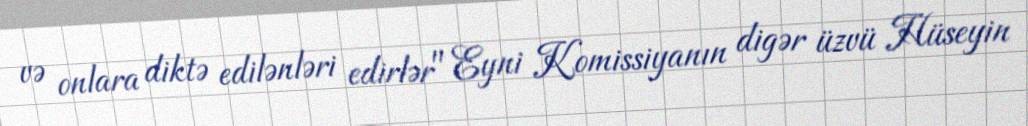
və onlara diktə edilənləri edirlər" Eyni Komissiyanın digər üzvü Hüseyin